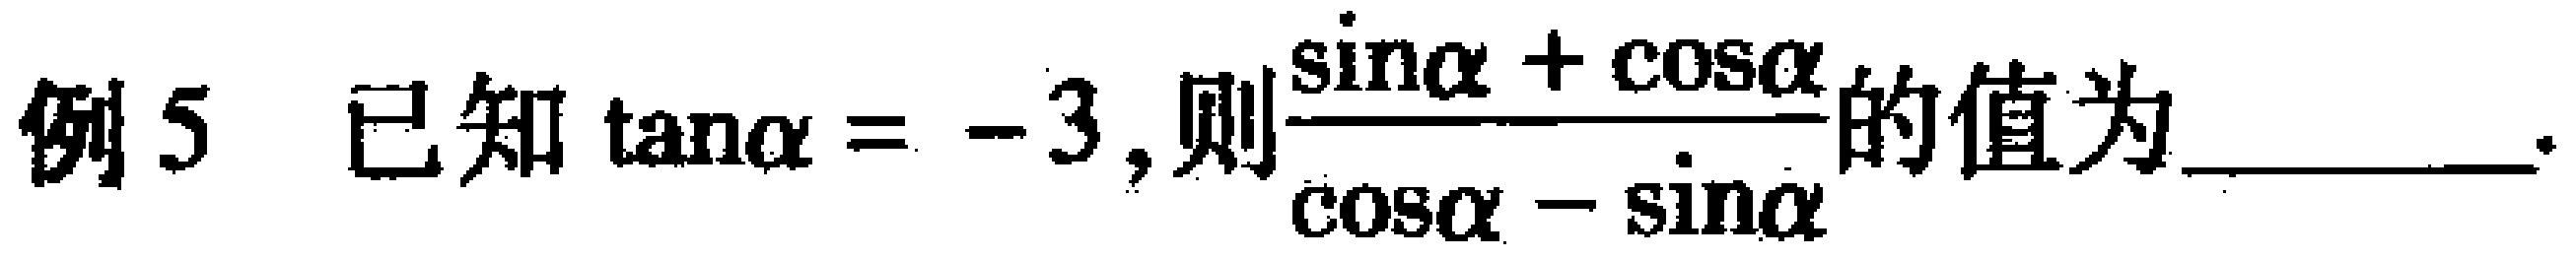
例5 已知$\tan\alpha = - 3$,则$\frac{\sin\alpha+\cos\alpha}{\cos\alpha - \sin\alpha}$的值为________.